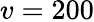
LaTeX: v=200